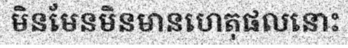
មិនមែនមិនមានហេតុផលនោះ